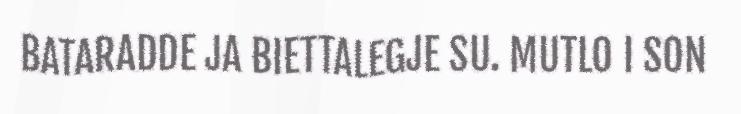
BATARADDE JA BIETTALEGJE SU. MUTLO I SON